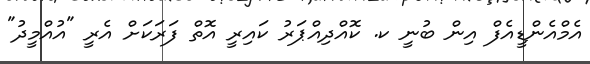
އެމްއެންޑީއެފް އިން ބުނީ ކ. ކޮއްދިއްޕަރު ކައިރީ އޮތް ފަރަކަށް އެރީ "އުއްމީދު"